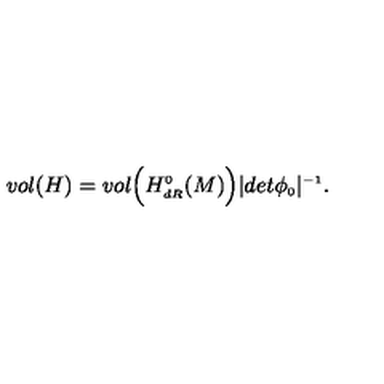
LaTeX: v o l ( H ) = v o l \Bigl ( H _ { \scriptscriptstyle d R } ^ { \scriptscriptstyle 0 } ( M ) \Bigr ) \vert d e t \phi _ { \scriptscriptstyle 0 } \vert ^ { \scriptscriptstyle - 1 } .